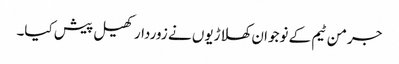
جرمن ٹیم کے نوجوان کھلاڑیوں نے زوردار کھیل پیش کیا۔